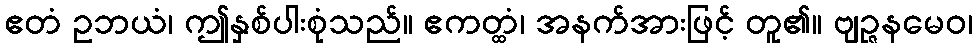
ဧတံ ဥဘယံ၊ ဤနှစ်ပါးစုံသည်။ ဧကတ္ထံ၊ အနက်အားဖြင့် တူ၏။ ဗျဉ္ဇနမေဝ၊